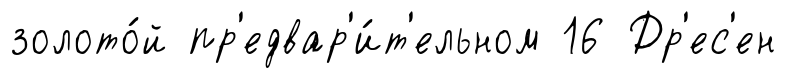
золото́й пр'едвар'и́т'ельном 16 Др'ес'ен